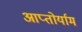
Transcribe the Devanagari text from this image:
आप्‍तोर्याम